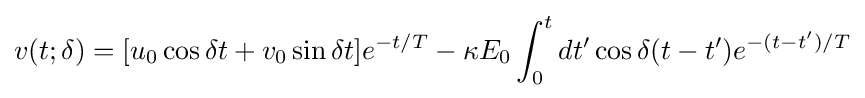
v(t;\delta )=[u_{0}\cos \delta t+v_{0}\sin \delta t]e^{-t/T}-\kappa E_{0}\int _{0}^{t}dt'\cos \delta (t-t')e^{-(t-t')/T}